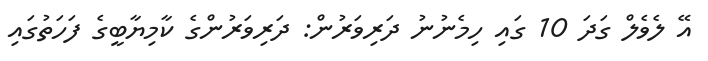
އޭ ލެވެލް ގަދަ 10 ގައި ހިމެނުނު ދަރިވަރުން: ދަރިވަރުންގެ ކާމިޔާބީގެ ފަހަތުގައި